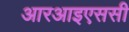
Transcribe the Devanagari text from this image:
आरआइएससी